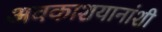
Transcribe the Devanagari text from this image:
अवकाशयानांशी